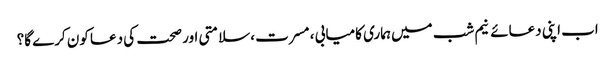
اب اپنی دعائے نیم شب میں ہماری کامیابی ، مسرت ،سلامتی اور صحت کی دعا کون کرے گا؟